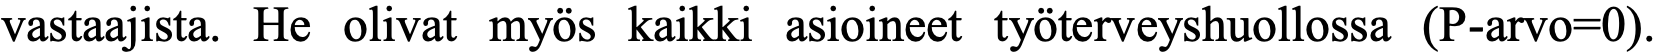
vastaajista. He olivat myös kaikki asioineet työterveyshuollossa (P-arvo=0).